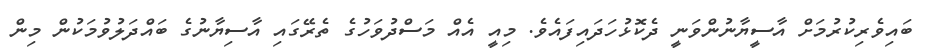
ބައިވެރިކުރުމަށް އާސީޔާނުންވަނީ ދެކޮޅުހަދައިފައެވެ. މިއީ އެއް މަސްދުވަހުގެ ތެރޭގައި އާސިޔާނުގެ ބައްދަލުވުމަކުން މިން